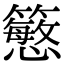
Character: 𥵴